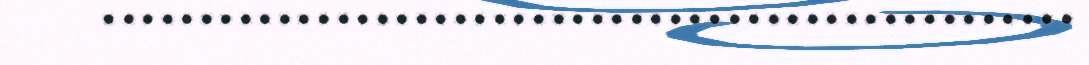
..................................................